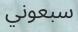
سبعوني